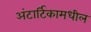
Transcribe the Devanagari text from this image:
अंटार्टिकामधील